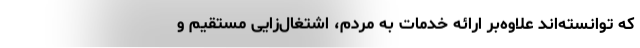
که توانسته‌اند علاوه‌بر ارائه خدمات به مردم، اشتغال‌زایی مستقیم و